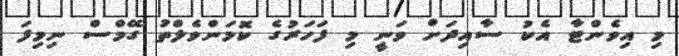
މި އިވެންޓާ އެކު ސާއިދަށް ވަނީ މި ފަހަރުގެ ކޮމަންވެލްތު ގޭމްސް ނިމިފަ